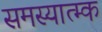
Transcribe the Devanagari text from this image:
समस्यात्म्क